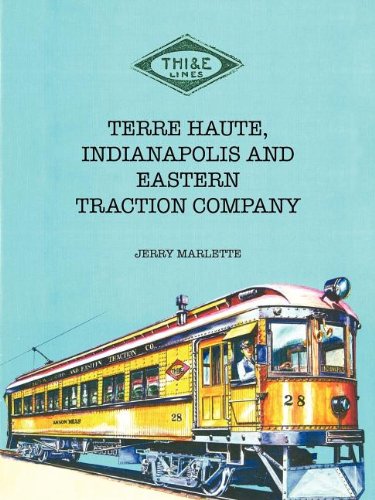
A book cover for Terre Haute, Indianapolis and Eastern Traction Company; Jerry Marlette; Travel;